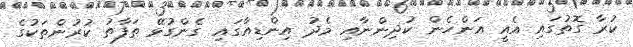
ކުރާ ގޮތުގައި އެއީ އަންހެން ކުދިންނާއި މެދު އިންޑިއާގައި ގެންގުޅޭ ތަފާތު ކުރުންތަކުގެ